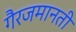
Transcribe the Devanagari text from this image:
गैरजमानती